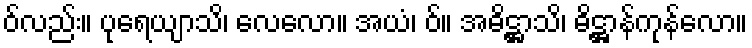
ဝ်လည်း။ ပုရေယျာသိ၊ လေလော။ အယံ၊ ဝ်။ အဓိဋ္ဌာသိ၊ ဓိဋ္ဌာန်ကုန်လော။